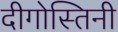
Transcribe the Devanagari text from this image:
दीगोस्तिनी